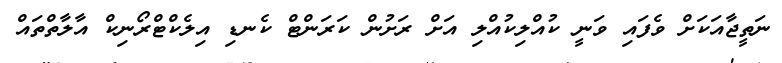
ނަތީޖާއަކަށް ވެފައި ވަނީ ކުއްލިކުއްލި އަށް ރަށުން ކަރަންޓް ކެނޑި އިލެކްޓްރޯނިކް އާލާތްތައް